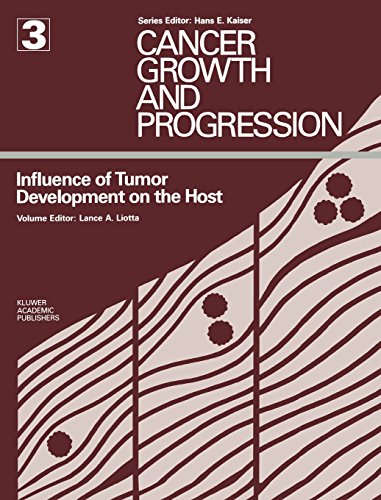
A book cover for Influence of Tumor Development on the Host (Cancer Growth and Progression); Medical Books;